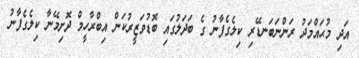
އަދި މުޙައްމަދު ރަންނަބަނޑޭރި ކިލެގެފާނު ގެ ބަދަލުގައި ބޮޑުވަޒީރުކަން އިބްރާހީމް ދޮށިމޭނާ ކިލެގެފާނު